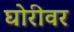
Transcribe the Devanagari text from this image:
घोरीवर